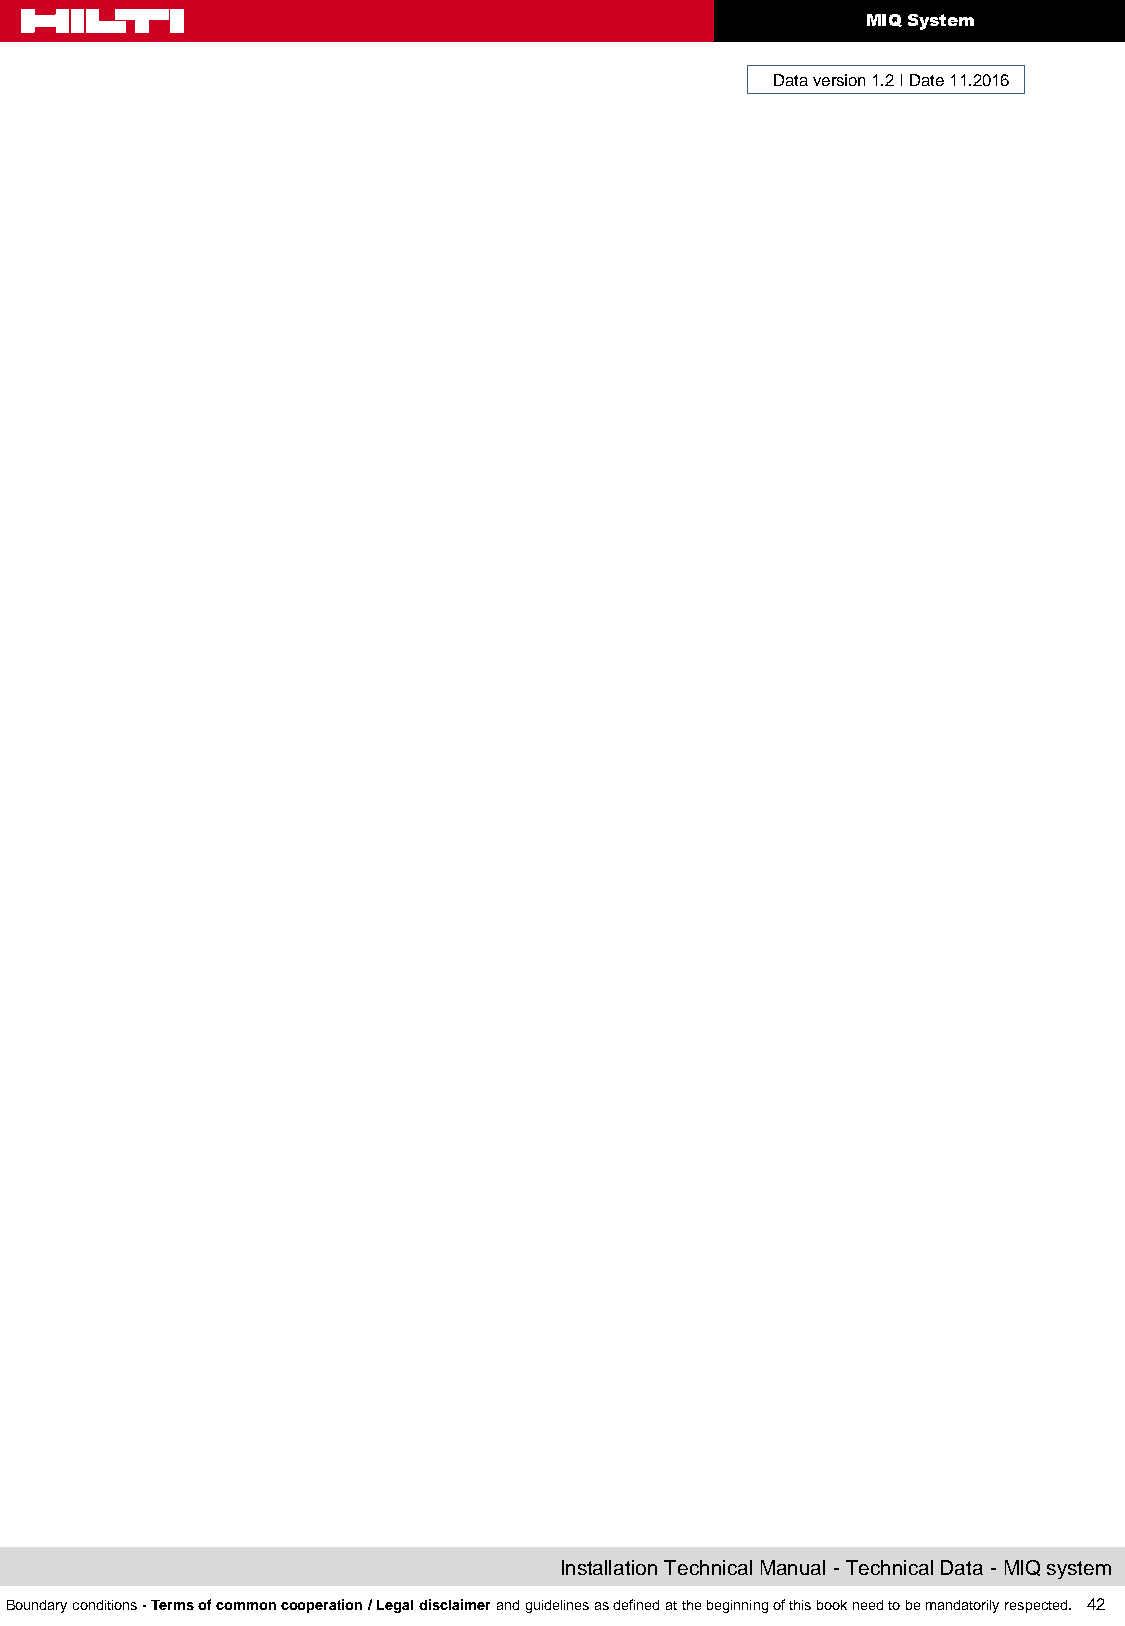
MIQ System
 Data version 1.2 I Date 11.2016
 Installation Technical Manual - Technical Data - MIQ system
 Boundary conditions - Terms of common cooperation / Legal disclaimer and guidelines as defined at the beginning of this book need to be mandatorily respected. 42